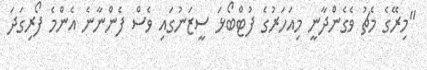
"މިރޭގެ މެޗު ވެގެންދާނީ މިއަހަރުގެ ފުޓްބޯޅަ ސީޒަނުގައި ވެސް ފެންނާނެ އެންމެ ފޯރިގަދަ